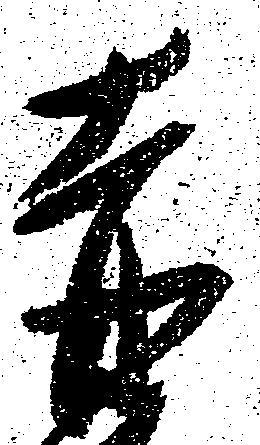
赤